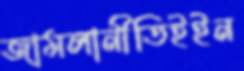
জামলানীতিইইন